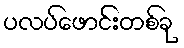
ပလပ်ဖောင်းတစ်ခု